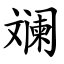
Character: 斓